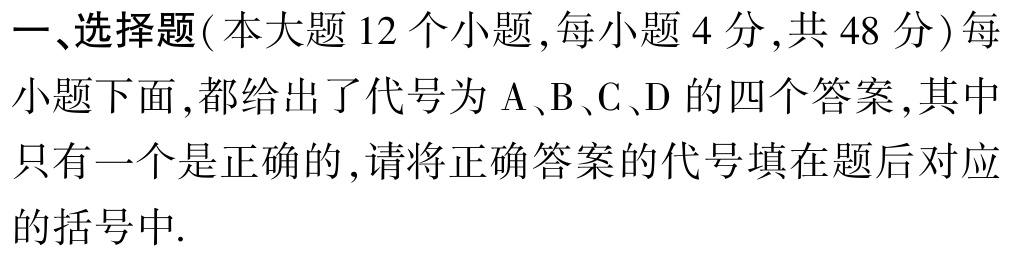
一、选择题(本大题 12 个小题,每小题 4 分,共 48 分) 每小题下面,都给出了代号为 A、B、C、D 的四个答案,其中只有一个是正确的,请将正确答案的代号填在题后对应的括号中.